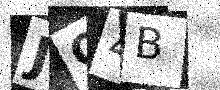
Text: JO4B